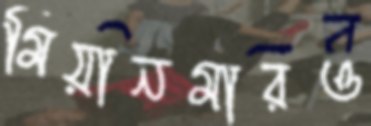
মিয়ানমারও